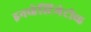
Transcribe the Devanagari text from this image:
इनव्हेस्टिगेटीव्ह